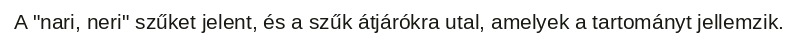
A "nari, neri" szűket jelent, és a szűk átjárókra utal, amelyek a tartományt jellemzik.